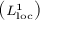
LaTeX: \left( \scriptstyle L _ { \mathrm { l o c } } ^ { 1 } \right)